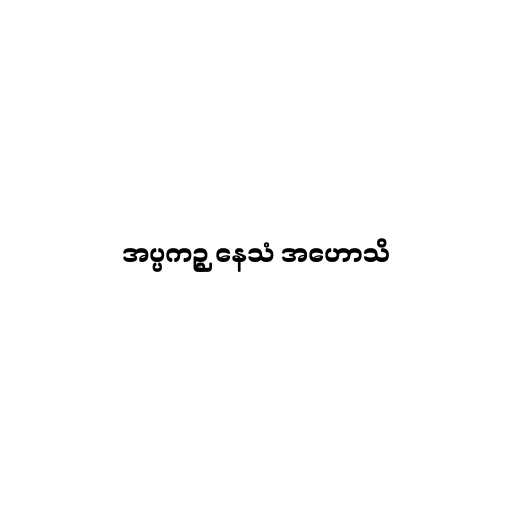
အပ္ပကဉ္စ နေသံ အဟောသိ